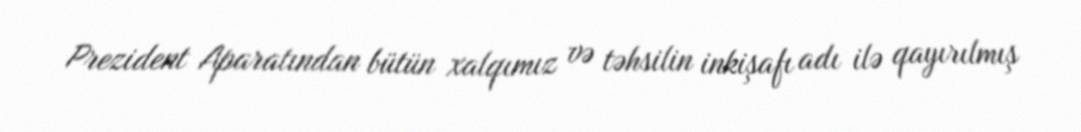
Prezident Aparatından bütün xalqımız və təhsilin inkişafı adı ilə qayırılmış